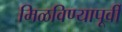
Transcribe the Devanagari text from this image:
मिळविण्यापूर्वी